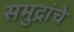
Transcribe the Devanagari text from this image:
समुद्रांचे